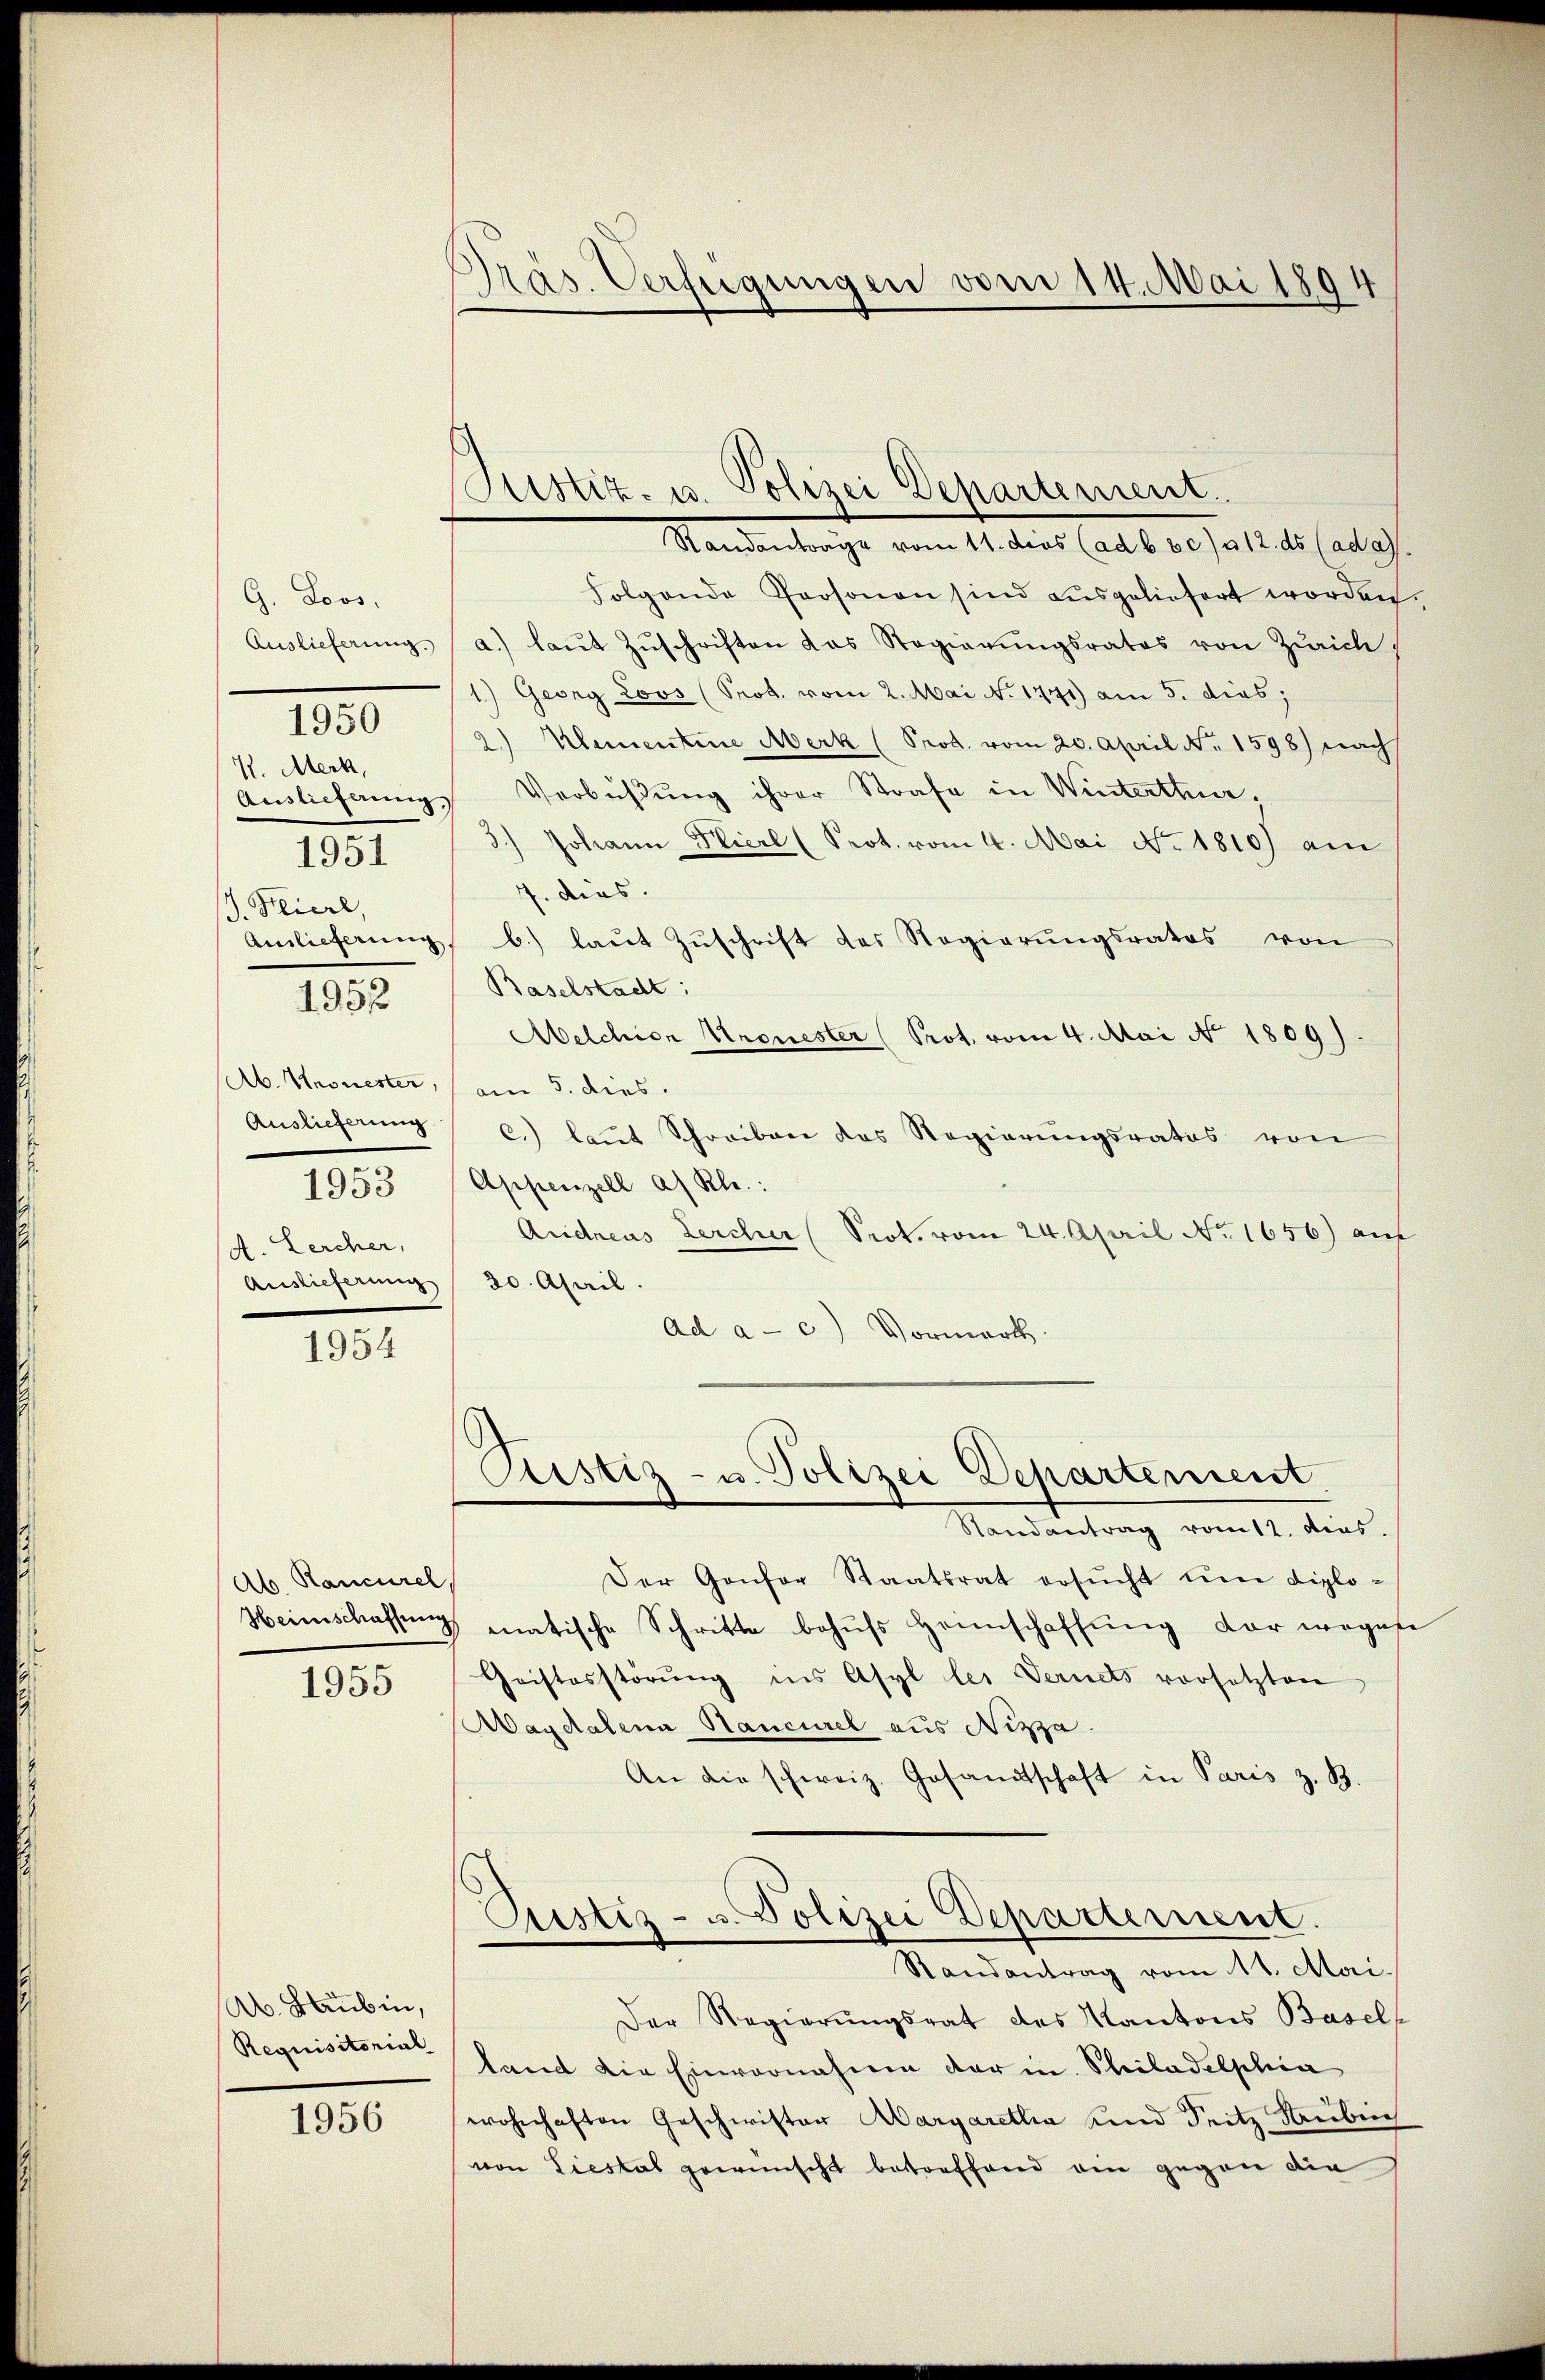
G. Loos.
Auslieferung.
K. Merk,
J. Kliere,
1952
Ab. Kronester,
Auslieferung
1953
A. Lercher,
Auslieferung

.

1951

1954

Ab. Rancurel,

1955

Ab. Lauben,
Requisitorial

1956

Präs. Verfügungen vom 14. Mai 1894

Zustiz- u. Polizei Departement.
Randanträge vom 11. dies (ad b b c) a 12. ds (ad a.

Folgende Personen sind ausgeliefert worden.
a.) laŭt Zŭschriften das Regierŭngsrates von Zürich
1) Georg Lovs (Prot. vom 2. Mai No 1771) am 5. dieb;
2.) Klementine Merk (Prod. vom 20. April Nr. 1598) nach
Auslieferungs Verbüßung ihrer Strafe in Winterthur.
) Johann Hierl (Prot. vom 4. Mai No. 1810) am
7. dies.
Amlieferŭng, b.) laŭt Zŭschrift des Regierŭngsrates von
Baselstadt:
Melchion Kronester (Prot. vom 4. Mai No 1809).
am 5. dies.
C.) laut Schreiben das Regierungsrates von
Appenzell a. Rh.:
Andreas Lercher (Prok. vom 24. April No 1656) auf
30. April.
Ad a. c.) Vormerk.

Pustiz- u. Polizei Departement
Randantrag vom 12. dies

Der Gonfor Staatsrat ersŭcht ŭm diplo¬
Heimschaffung matische Schritte behŭfs Heimschaffung der wegen
Cristosstörŭng ins Asyl les Vernets vorsetzten
Magdalena Hancurel aus Nizza.
An die schweiz. Gesandtschaft in Paris z. B.
Justiz- u. Polizei Departement.
Randantrag vom 11. Mai.
Der Regierŭngsrat des Kantons Basel-
tand die Einvernahme der in Philadelphia
wohnhaften Geschwister Aargaretha und Seitz Streibeich
von Liestal gewünscht betreffend ein gegen die